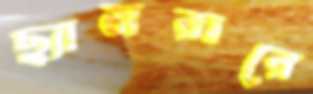
ছ্যামরারে